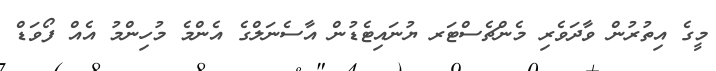
މީގެ އިތުރުން ވާދަވެރި މެންޗެސްޓަރ ޔުނައިޓެޑުން އާސެނަލްގެ އެންމެ މުހިންމު އެއް ފޯވަޑް